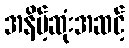
အနိမ့်ဆုံးအဆင့်